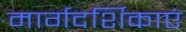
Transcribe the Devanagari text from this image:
मार्गदर्शिकाएं